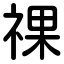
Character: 祼